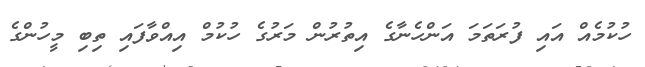
ހުކުމެއް އައި ފުރަތަމަ އަންހެނާގެ އިތުރުން މަރުގެ ހުކުމް އިއްވާފައި ތިބި މީހުންގެ